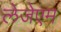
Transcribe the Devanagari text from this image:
लेजेएम